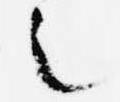
之